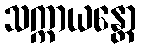
သက္ကာယန္တော